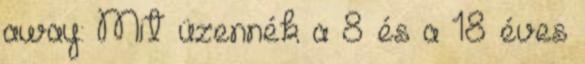
away: Mit üzennék a 8 és a 18 éves